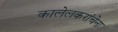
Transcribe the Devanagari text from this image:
कालेलकरांचेना